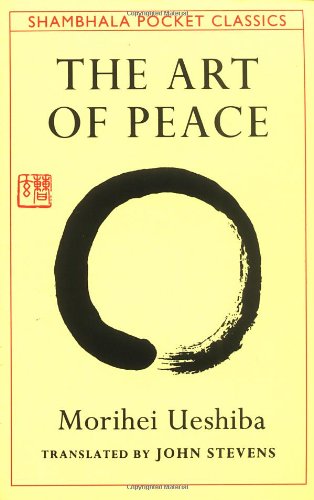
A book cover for The Art of Peace: Teachings of the Founder of Aikido; Morihei Ueshiba; Sports & Outdoors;